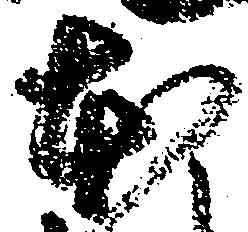
本